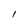
Character: I